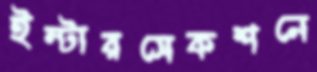
ইন্টারসেকশনে